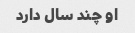
او چند سال دارد